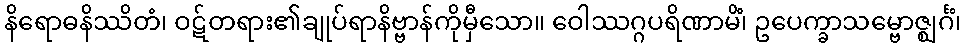
နိရောဓနိဿိတံ၊ ဝဋ်တရား၏ချုပ်ရာနိဗ္ဗာန်ကိုမှီသော။ ဝေါဿဂ္ဂပရိဏာမိံ၊ ဥပေက္ခာသမ္ဗောဇ္ဈင်္ဂံ၊